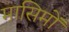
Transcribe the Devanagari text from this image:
मासिमों